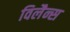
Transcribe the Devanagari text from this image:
विलैन्स